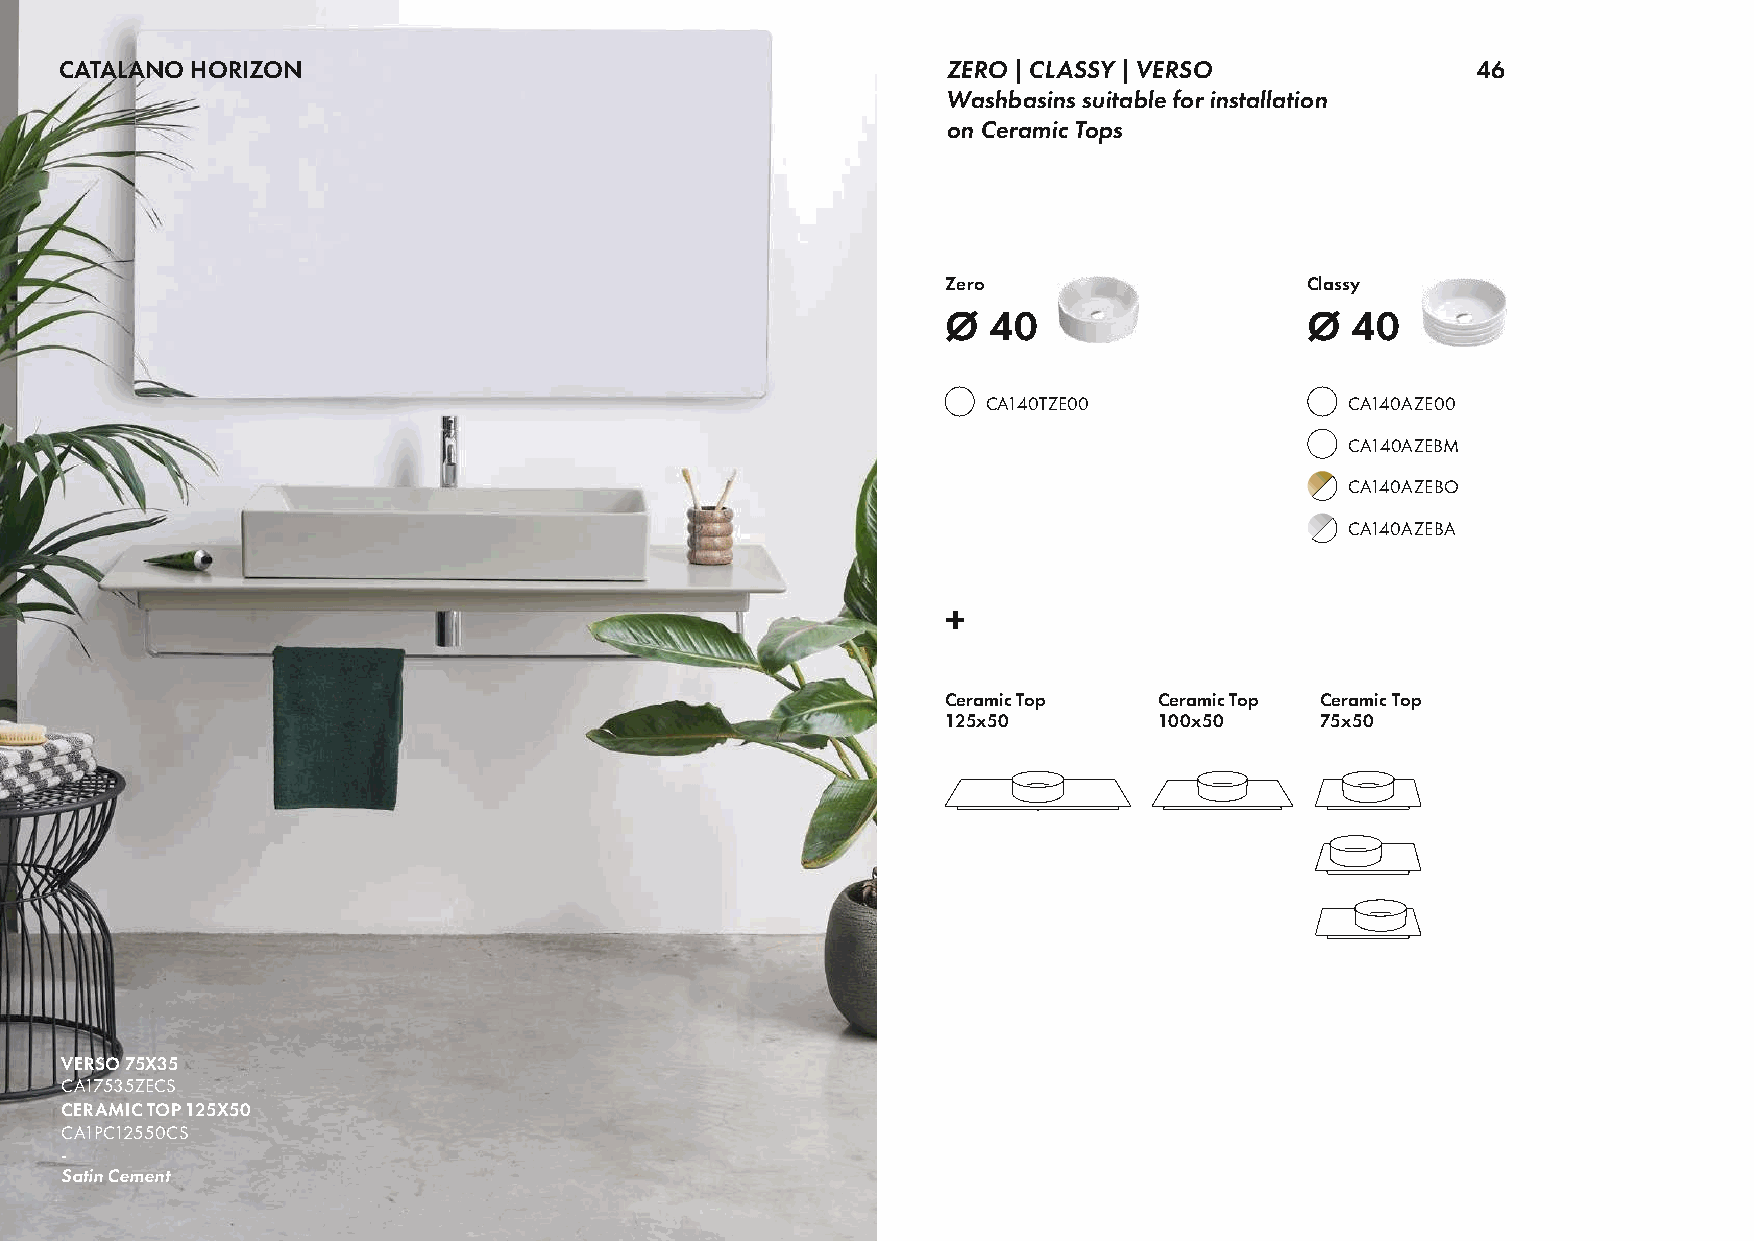
CATALANO HORIZON                                           ZERO | CLASSY | VERSO              46
 Washbasins suitable for installation
 on Ceramic Tops
 Zero                    Classy
 Ø  40                   Ø 40
 CA140TZE00              CA140AZE00
 CA140AZEBM
 CA140AZEBO
 CA140AZEBA
 +
 Ceramic Top   Ceramic Top Ceramic Top
 125x50        100x50    75x50
 VERSO 75X35
 CA17535ZECS
 CERAMIC TOP 125X50
 CA1PC12550CS
 -
 Satin Cement